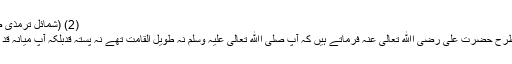
(2) (شمائل ترمذی ص۱)
اسی طرح حضرت علی رضی اﷲ تعالیٰ عنہ فرماتے ہیں کہ آپ صلی اﷲ تعالیٰ علیہ وسلم نہ طویل القامت تھے نہ پستہ قدبلکہ آپ میانہ قد تھے۔